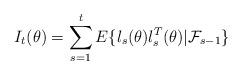
LaTeX: \begin{align*} I_t(\theta)=\sum_{s=1}^t E\{l_s(\theta)l_s^T(\theta)|{\cal F}_{s-1}\}\end{align*}